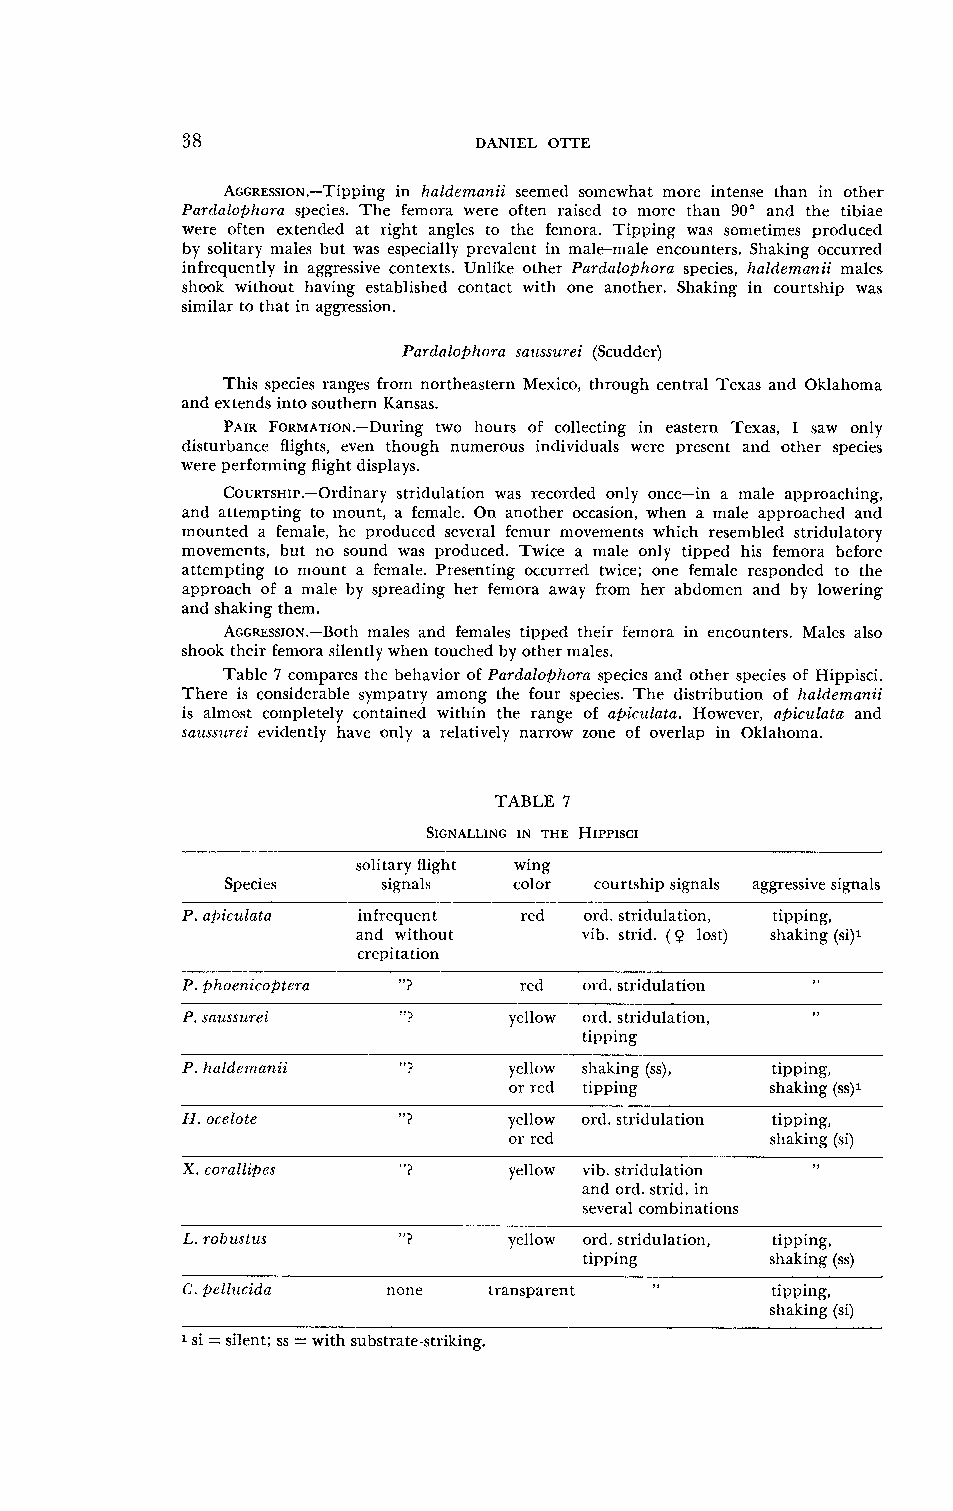
38                 DANIEL OTTE
 AGGRES~ION.-Tippining haldemanii seemed somewhat more intense than in other
 PartEaloPhora species. The femora were often raised to more than 90" and the tibiae
 wcre often extended at right angles to the femora. Tipping was sometimes produced
 by solitary males but was especially prevalent in male-male encounters. Shaking occurred
 infrequently in aggressive contexts. Unlike other Pardalophora species, haldemanii males
 shook without having established contact with one another. Shaking in courtship was
 similar to that in aggression.
 Pardaloplzora saussurei (Scuddcr)
 This species ranges from northeastern Mexico, through central Texas and Oklahoma
 and extends into southern Kansas.
 PAIR FoRMATIoN.-II)u~t~w~o ~ hours of collecting in eastern Texas, I saw only
 disturbance flights, even though numerous individuals wcre present and other species
 were performing flight displays.
 Cou~~s~l~.-Ordinsatrriyd ulation was recorded only once-in a male approaching,
 and attempting to mount, a female. On another occasion, when a male approached and
 mounted a female, he produced several femur movements which resembled stridulatory
 movements, but no sound was produced. Twice a male only tipped his femora before
 attempting to mount a female. Presenting occurred twice; one female responded to the
 approach of a male by spreading her femora away fro~nh er abdosncn and by lowering
 and shaking them.
 Accmss~o~.-Bothm ales and females tipped their femora in encounters. Males also
 shook their femora silently when touched by othcr males.
 Table 7 compares the behavior of Pardalophora species and othcr species of Hippisci.
 There is considerable sympatry anlong the four species. The distribution of haltlenzanii
 is almost cosnplctcly contained within the range of a@iculata. However, apiculata and
 \aussurei evidently have only a relatively narrow zone of overlap in Oklahoma.
 TABLE 7
 solitary fliglrt wing
 Species   signals  color courtship signals aggressive signals
 P. apict~lala infrequent red ord. stridulation, tipping,
 and without    vib. strid. (9 lost) shaking (si)l
 c~cpitation
 P. fjt~oenicof~tem "? red  old. stridulation
 P. saussurei   "?     yellow ord. stridulation,
 tipping
 P. haldeinanii "?     yellow shaking (ss), tipping,
 or red tipping   shaking (ss)l
 H. ocelote    "?      yellow ord. stridula~ion tipping,
 or red           shaking (si)
 X. corallipfs  "?     yellow vib. stridulation
 and ord. strid. in
 several con~binatious
 L. robustus   "?      yellow ord. stridulation, tipping,
 tipping     shaking (ss)
 C. prllucida  none  transparent        tipping,
 shaking (si)
 1 si = silent; ss = with substrate-striking.